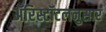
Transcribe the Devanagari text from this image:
ॲरिस्टॉटलनुसार